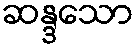
ဆန္ဒသော